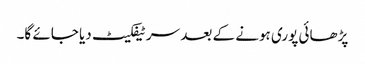
پڑھائی پوری ہونے کے بعد سرٹیفکیٹ دیا جائے گا۔